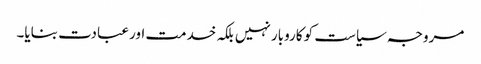
مروجہ سیاست کو کاروبار نہیں بلکہ خدمت اور عبادت بنایا۔